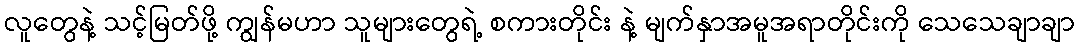
လူတွေနဲ့ သင့်မြတ်ဖို့ ကျွန်မဟာ သူများတွေရဲ့ စကားတိုင်း နဲ့ မျက်နှာအမူအရာတိုင်းကို သေသေချာချာ